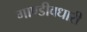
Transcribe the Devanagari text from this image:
गाण्डीवधारी